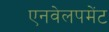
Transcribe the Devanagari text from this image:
एनवेलपमेंट